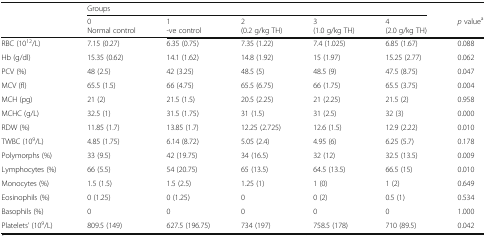
<table><thead><tr><td></td><td colspan="5"><b>Groups</b></td><td></td></tr><tr><td></td><td><b>0Normal control</b></td><td><b>1-ve control</b></td><td><b>2(0.2 g/kg TH)</b></td><td><b>3(1.0 g/kg TH)</b></td><td><b>4(2.0 g/kg TH)</b></td><td><b><i>p</i> value<sup>a</sup></b></td></tr></thead><tbody><tr><td>RBC (10<sup>12</sup>/L)</td><td>7.15 (0.27)</td><td>6.35 (0.75)</td><td>7.35 (1.22)</td><td>7.4 (1.025)</td><td>6.85 (1.67)</td><td>0.088</td></tr><tr><td>Hb (g/dl)</td><td>15.35 (0.62)</td><td>14.1 (1.62)</td><td>14.8 (1.92)</td><td>15 (1.97)</td><td>15.25 (2.77)</td><td>0.062</td></tr><tr><td>PCV (%)</td><td>48 (2.5)</td><td>42 (3.25)</td><td>48.5 (5)</td><td>48.5 (9)</td><td>47.5 (8.75)</td><td>0.047</td></tr><tr><td>MCV (fl)</td><td>65.5 (1.5)</td><td>66 (4.75)</td><td>65.5 (6.75)</td><td>66 (1.75)</td><td>65.5 (3.75)</td><td>0.004</td></tr><tr><td>MCH (pg)</td><td>21 (2)</td><td>21.5 (1.5)</td><td>20.5 (2.25)</td><td>21 (2.25)</td><td>21.5 (2)</td><td>0.958</td></tr><tr><td>MCHC (g/L)</td><td>32.5 (1)</td><td>31.5 (1.75)</td><td>31 (1.5)</td><td>31 (2.5)</td><td>32 (3)</td><td>0.000</td></tr><tr><td>RDW (%)</td><td>11.85 (1.7)</td><td>13.85 (1.7)</td><td>12.25 (2.725)</td><td>12.6 (1.5)</td><td>12.9 (2.22)</td><td>0.010</td></tr><tr><td>TWBC (10<sup>9</sup>/L)</td><td>4.85 (1.75)</td><td>6.14 (8.72)</td><td>5.05 (2.4)</td><td>4.95 (6)</td><td>6.25 (5.7)</td><td>0.178</td></tr><tr><td>Polymorphs (%)</td><td>33 (9.5)</td><td>42 (19.75)</td><td>34 (16.5)</td><td>32 (12)</td><td>32.5 (13.5)</td><td>0.009</td></tr><tr><td>Lymphocytes (%)</td><td>66 (5.5)</td><td>54 (20.75)</td><td>65 (13.5)</td><td>64.5 (13.5)</td><td>66.5 (15)</td><td>0.010</td></tr><tr><td>Monocytes (%)</td><td>1.5 (1.5)</td><td>1.5 (2.5)</td><td>1.25 (1)</td><td>1 (0)</td><td>1 (2)</td><td>0.649</td></tr><tr><td>Eosinophils (%)</td><td>0 (1.25)</td><td>0 (1.25)</td><td>0</td><td>0 (2)</td><td>0.5 (1)</td><td>0.534</td></tr><tr><td>Basophils (%)</td><td>0</td><td>0</td><td>0</td><td>0</td><td>0</td><td>1.000</td></tr><tr><td>Platelets’ (10<sup>9</sup>/L)</td><td>809.5 (149)</td><td>627.5 (196.75)</td><td>734 (197)</td><td>758.5 (178)</td><td>710 (89.5)</td><td>0.042</td></tr></tbody></table>